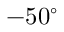
- 5 0 ^ { \circ }